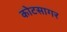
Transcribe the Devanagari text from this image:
कोटसागर